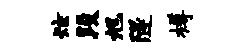
炫段旭隧樽